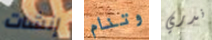
إنشات وتنام ندري